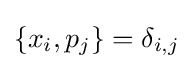
\{x_{i},p_{j}\}=\delta _{i,j}